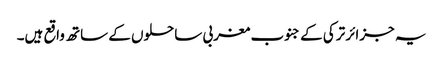
یہ جزائر ترکی کے جنوب مغربی ساحلوں کے ساتھ واقع ہیں۔